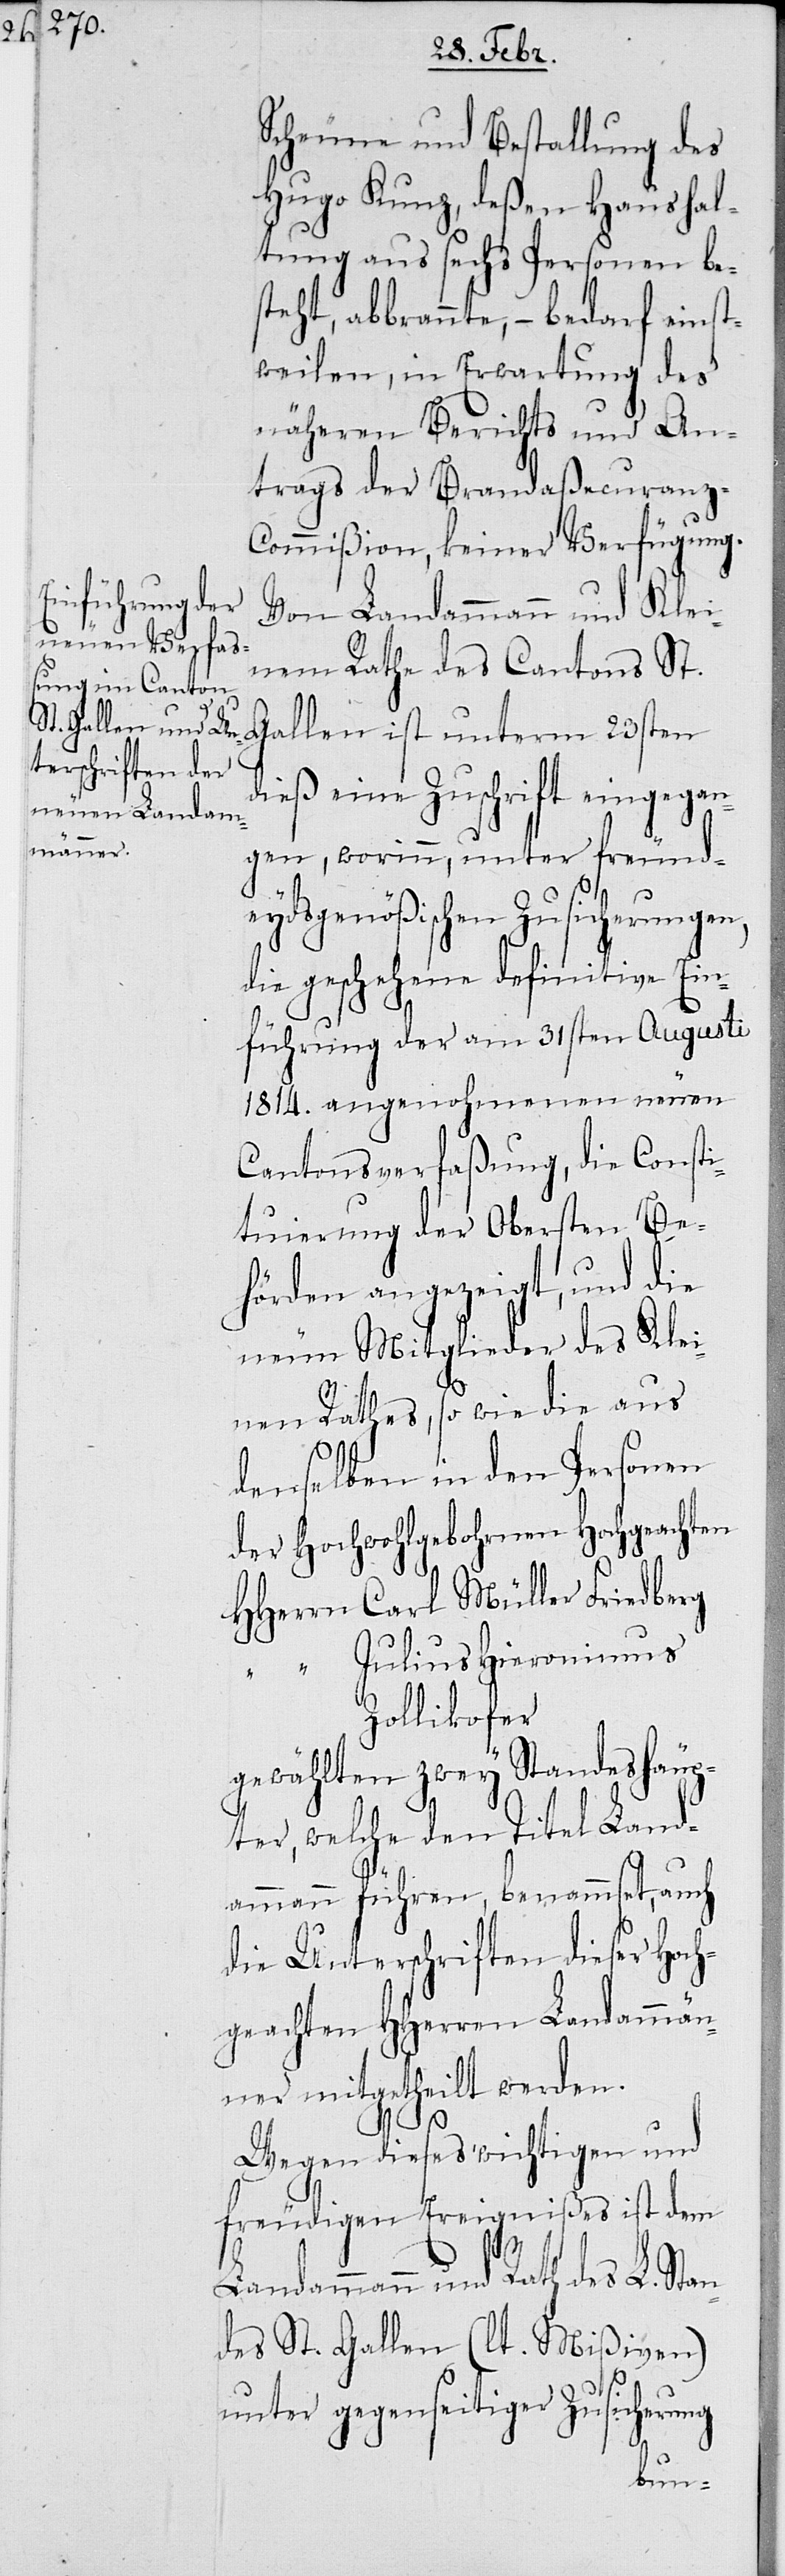
Scheune und Bestallung des
Hugo Kunz, deßen Haushal¬
tung aus sechs Personen bes¬
teht, abbrannte, – bedarf einst¬
weilen, in Erwartung des
näheren Berichts und An¬
trags der Brandaßecuranz-C¬
ommißion, keiner Verfügung.
Von Landammann und Klei¬
nem Rathe des Cantons St.
dieß eine Zuschrift eingegan¬
gen, worinn, unter freund¬
eydsgenößischen Zusicherungen,
die geschehene definitive Ein¬
führung der am 31sten Augusti
1814. angenohmenen neuen
Cantonsverfaßung, die Consti¬
tuierung der Obersten Be¬
hörden angezeigt, und die
neun Mitglieder des Klei¬
nen Raths, so wie die aus
denselben in den Personen
der Hochwohlgebohrnen Hochgeachten
HHerrn Carl Müller Friedberg
“ Julius Hieronimus
Zollikofer
gewählten zwey Standeshäup¬
ter, welche den Titel Land¬
ammann führen, benammset, auch
die Unterschriften dieser Hoch¬
geachten HHerren Landammän¬
ner mitgetheilt werden.
Wegen dieses wichtigen und
freudigen Ereignißes ist dem
Landammann und Rath des L. Stan¬
des St. Gallen (lt. Mißiven)
unter gegenseitiger Zusicherung